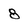
Character: 8